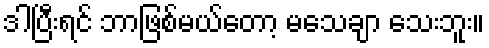
ဒါပြီးရင် ဘာဖြစ်မယ်တော့ မသေချာ သေးဘူး။